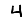
Digit: 4